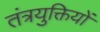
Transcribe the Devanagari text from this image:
तंत्रयुक्तियों